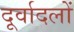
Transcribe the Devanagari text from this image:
दूर्वादलों